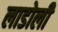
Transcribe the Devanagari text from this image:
लाडोली